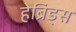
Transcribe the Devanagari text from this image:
हेब्रिड्स